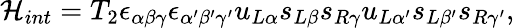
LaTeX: {\cal H}_{int}=T_{2}\epsilon_{\alpha\beta\gamma}\epsilon_{\alpha^{\prime}\beta^{\prime}\gamma^{\prime}}u_{L\alpha}s_{L\beta}s_{R\gamma}u_{L\alpha^{\prime}}s_{L\beta^{\prime}}s_{R\gamma^{\prime}},